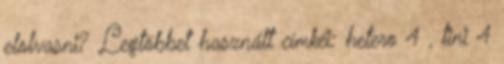
elolvasni? Legtöbbet használt címkéi: hetero 4 , tini 4